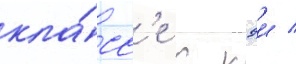
кла́сс'е с кэи /